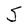
Character: S